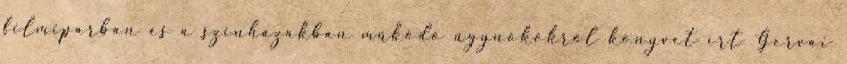
filmiparban és a színházakban működő ügynökökről könyvet írt Gervai